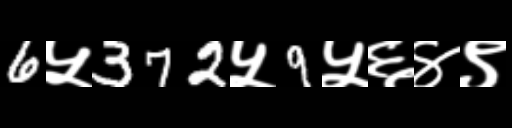
Text: 6५372५9५६४९